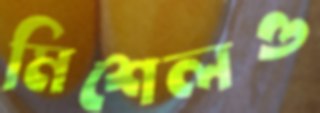
মিশেলও